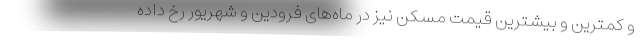
و کمترین و بیشترین قیمت مسکن نیز در ماه‌های فرودین و شهریور رخ داده